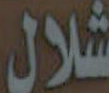
شلال